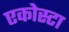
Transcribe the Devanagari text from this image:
एकोस्टा